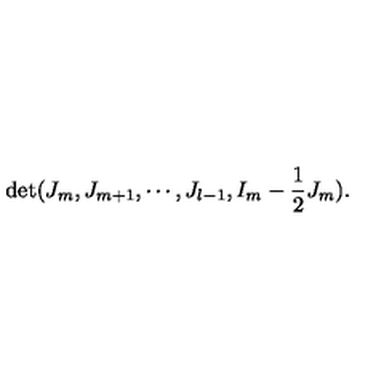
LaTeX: \det ( J _ { m } , J _ { m + 1 } , \cdots , J _ { l - 1 } , I _ { m } - \frac { 1 } { 2 } J _ { m } ) .